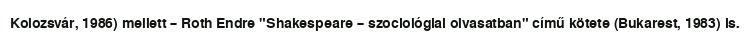
Kolozsvár, 1986) mellett – Roth Endre "Shakespeare – szociológiai olvasatban" című kötete (Bukarest, 1983) is.